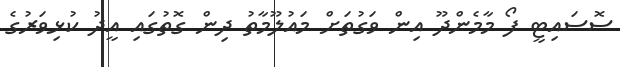
ސޮސައިޓީ ފޯ މާމެންދޫ އިން ވަގުތަށް މައުލޫމާތު ދިން ގޮތުގައި އީދު ކުޅިވަރުގެ